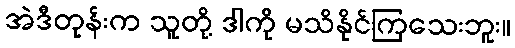
အဲဒီတုန်းက သူတို့ ဒါကို မသိနိုင်ကြသေးဘူး။